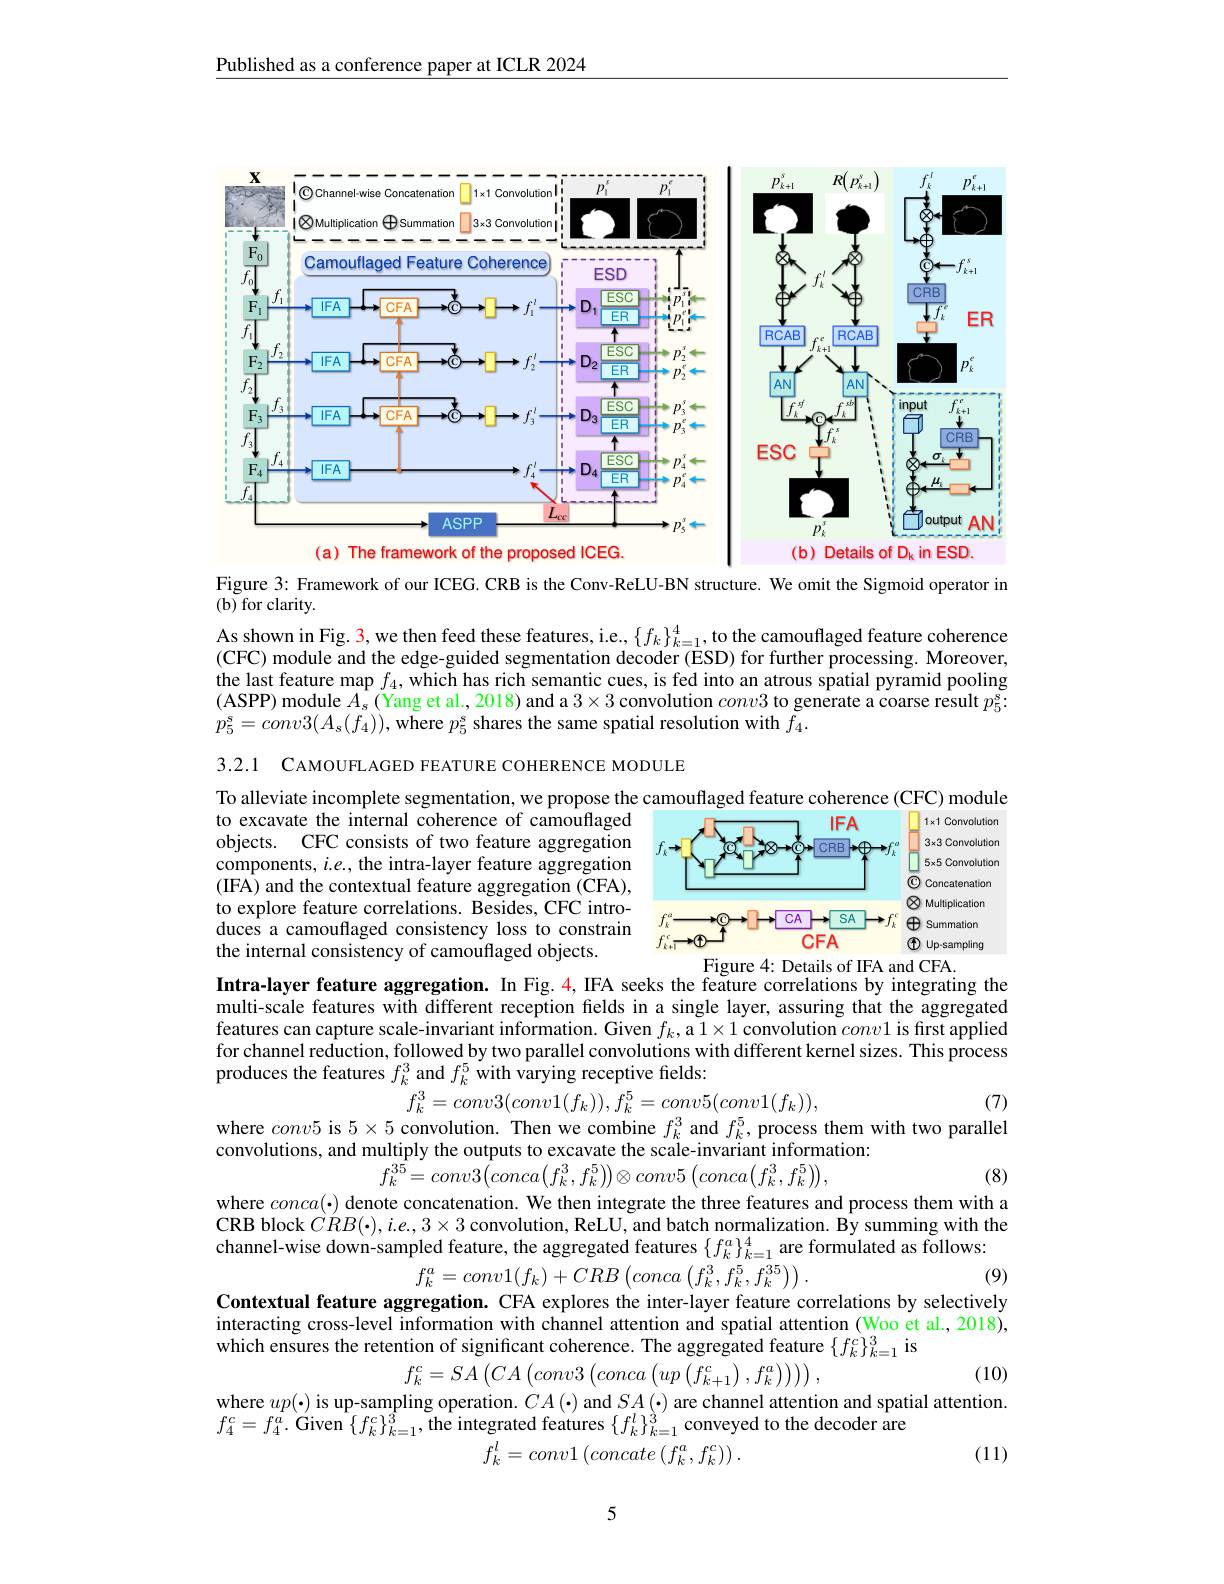
Published as a conference paper at ICLR 2024

<FigureHere>

Figure 3: Framework of our ICEG. CRB is the Conv-ReLU-BN structure. We omit the Sigmoid operator in

$(\mathbf{b})$ for clarity.

As shown in Fig. 3, we then feed these features, i.e., $\{f_k\}_{k=1}^4$, to the camouflaged feature coherence (CFC) module and the edge-guided segmentation decoder (ESD) for further processing. Moreover, the last feature map $f_4$, which has rich semantic cues, is fed into an atrous spatial pyramid pooling (ASPP) module $A_s($Yang et al., 2018) and a $3\times3$ convolution $conv3$ to generate a coarse result $p_5^s:$ $p_{5}^{s}=conv3(A_{s}(f_{4}))$,where $p_{5}^{\mathrm{s}}$ shares the same spatial resolution with $\tilde{f}_{4}.$

3.2.1 CAMOUFL AGED FEATURE COHERENCE MODULE

1x1 Convolution

5x5 Convolution

To alleviate incomplete segmentation, we propose the camouflaged feature coherence (CFC) module
to excavate the internal coherence of camouflaged objects. CFC consists of two feature aggregation components, $i.e.$, the intra-layer feature aggregation (IFA) and the contextual feature aggregation (CFA), to explore feature correlations. Besides, CFC introduces a camouflaged consistency loss to constrain the internal consistency of camouflaged objects.

Concatenatiom

$3\times3$ Convolution
<FigureHere>
Figure 4: Details of IFA and CFA.

Multiplication

Summation

Up-sampling

Intra-layer feature aggregation. In Fig.4,IFA seeks the feature correlations by integrating the multi-scale features with different reception felds in a single layer, assuring that the aggregated features can capture scale-invariant information. Given $f_k$, a $1\times1$ convolution $conv1$ is first applied for channel reduction, followed by two parallel convolutions with different kernel sizes. This process produces the features $f_k^3$ and $f_k^5$ with varying receptive felds:
$$f_{k}^{3}=conv3(conv1(f_{k})),f_{k}^{5}=conv5(conv1(f_{k})),$$
(7)
where $conv5$ is $5\times5$ convolution. Then we combine $f_k^3$ and $f_k^5$, process them with two parallel

(8)
where $conca(\cdot)$ denote concatenation. We then integrate the three features and process them with a

convolutions, and multiply the outputs to excavate the scale-invariant information:
$$\text{lantiply ano oatpato to onoavato mo boato mvatiant minotin}\\f_{k}^{35}=conv3\big(conca\big(f_{k}^{3},f_{k}^{5}\big)\big)\otimes conv5\:\big(conca\big(f_{k}^{3},f_{k}^{5}\big)\big),$$
$\mathbf{CRB}$ block $\dot{CR}B(\cdot),i.e.,3\times3$ convolution, ReLU, and batch normalization. By summing with the channel-wise down-sampled feature, the aggregated features $\{f_k^a\}_{k=1}^4$ are formulated as follows:
$$f_k^a=conv1(f_k)+CRB\left(conca\left(f_k^3,f_k^5,f_k^{35}\right)\right)$$
(9)
Contextual feature aggregation. CFA explores the inter-layer feature correlations by selectively interacting cross-level information with channel attention and spatial attention (Woo et al., 2018), which ensures the retention of significant coherence. The aggregated feature $\{f_k^{\mathrm{c}}\}_{k=1}^{3}$ is
(10)
$f_k^c=SA\left(CA\left(conv3\left(conca\left(up\left(f_{k+1}^c\right),f_k^a\right)\right)\right)\right)$,
where $up(\cdot)$ is up-sampling operation. $CA(\cdot)$ and $SA(\cdot)$ are channel attention and spatial attention.
$f_{4}^{c}=f_{4}^{a}.$ Given $\{f_k^c\}_k=1^3$,the integrated features $\{f_k^l\}_k=1^3$ conveyed to the decoder are
$$\tilde{f}_{k}^{l}=conv1\left(concate\left(f_{k}^{a},f_{k}^{c}\right)\right).$$
(11)

5